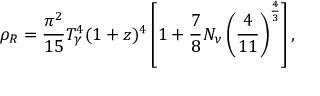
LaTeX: \rho _ { R } = { \frac { \pi ^ { 2 } } { 1 5 } } T _ { \gamma } ^ { 4 } ( 1 + z ) ^ { 4 } \left[ 1 + { \frac { 7 } { 8 } } N _ { \nu } \left( { \frac { 4 } { 1 1 } } \right) ^ { \frac { 4 } { 3 } } \right] ,